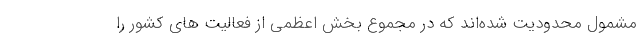
مشمول محدودیت شده‌اند که در مجموع بخش اعظمی از فعالیت های کشور را